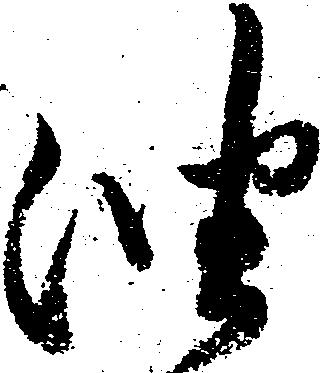
油